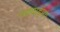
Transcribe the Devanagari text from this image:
पद्यवाड्मय